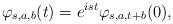
LaTeX: \begin{align*}\varphi_{s,a,b}(t) = e^{ i st } \varphi_{s,a,t+b}(0),\end{align*}